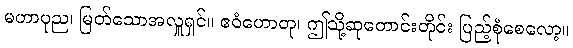
မဟာပုည၊ မြတ်သောအလှူရှင်။ ဧဝံဟောတု၊ ဤသို့ဆုတောင်းတိုင်း ပြည့်စုံစေလော့။